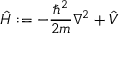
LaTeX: { \hat { H } } : = - { \frac { \hbar ^ { 2 } } { 2 m } } \nabla ^ { 2 } + { \hat { V } }